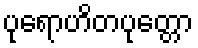
ပုရောဟိတပုတ္တော